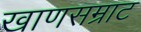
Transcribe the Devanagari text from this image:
खाणसम्राट